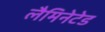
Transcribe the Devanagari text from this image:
लैमिनेटेड